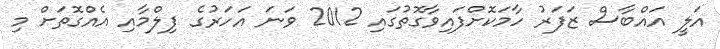
އަލީ އައްބާސް ޒަފަރު ހާމަކޮށްފައިވާގޮތުގައި 2012 ވަނަ އަހަރުގެ ފިލްމާއި އެއްގޮތަށް މި